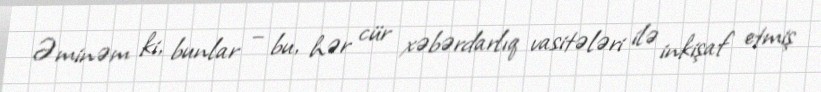
Əminəm ki, bunlar – bu, hər cür xəbərdarlıq vasitələri ilə inkişaf etmiş